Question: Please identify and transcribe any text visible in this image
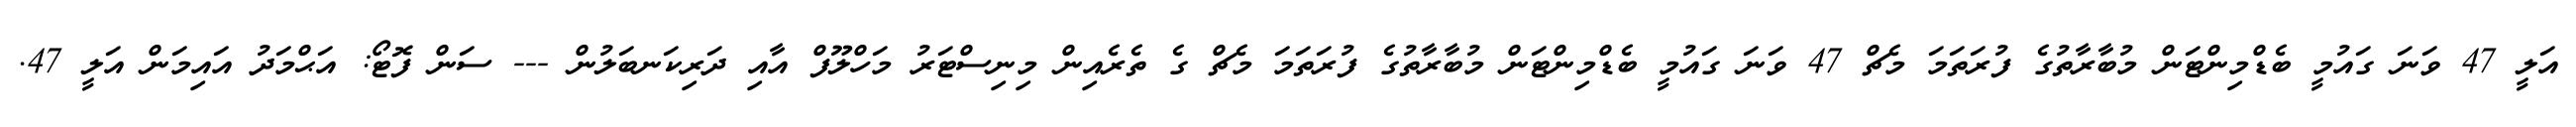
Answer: އަލީ 47 ވަނަ ގައުމީ ބެޑްމިންޓަން މުބާރާތުގެ ފުރަތަމަ މެޗް 47 ވަނަ ގައުމީ ބެޑްމިންޓަން މުބާރާތުގެ ފުރަތަމަ މެޗް ގެ ތެރެއިން މިނިސްޓަރު މަހްލޫފް އާއި ދަރިކަނބަލުން --- ސަން ފޮޓޯ: އަޙްމަދު އައިމަން އަލީ 47.